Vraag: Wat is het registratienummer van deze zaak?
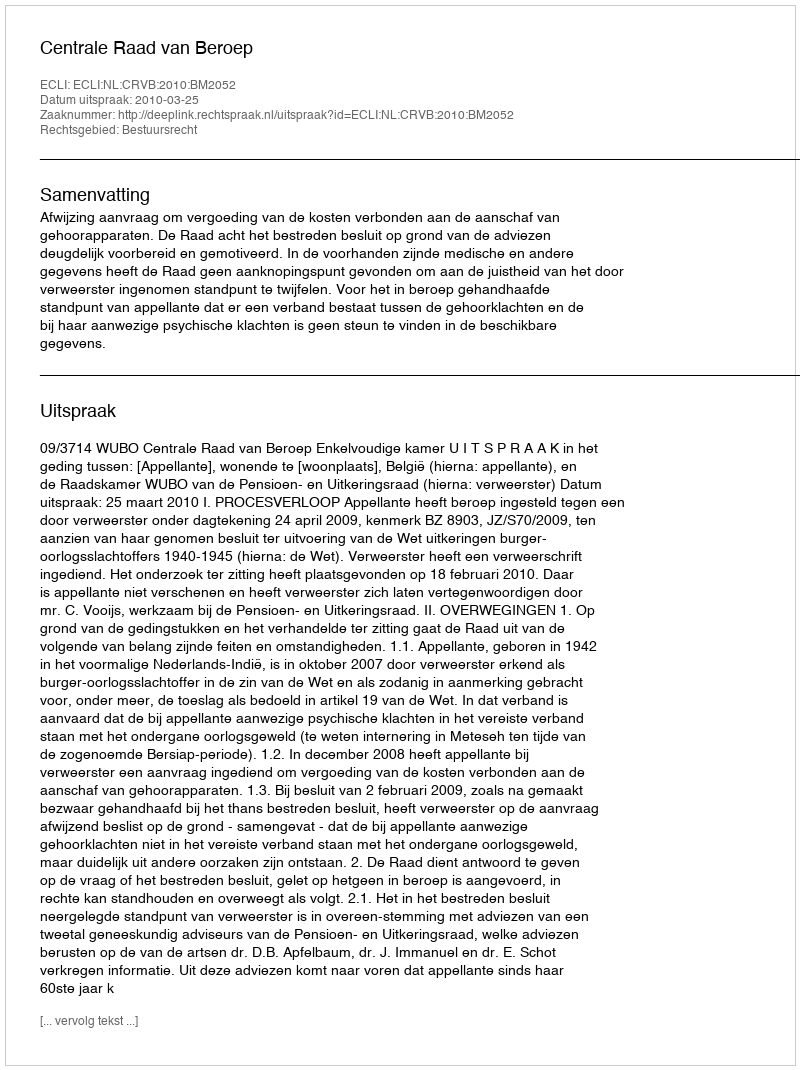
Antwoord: http://deeplink.rechtspraak.nl/uitspraak?id=ECLI:NL:CRVB:2010:BM2052